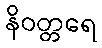
နိဝတ္တရေ